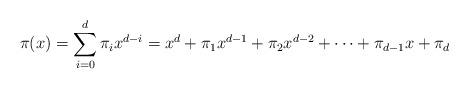
LaTeX: \begin{align*} \pi (x) = \sum_{i=0}^{d} \pi_{i} x^{d-i} = x^d + \pi_1 x^{d-1} + \pi_2 x^{d-2} + \dots + \pi_{d-1} x + \pi_d\end{align*}